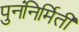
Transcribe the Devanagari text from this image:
पुनंनिर्मिती